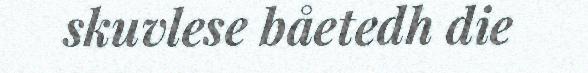
skuvlese båetedh die